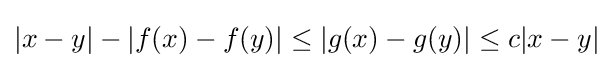
|x-y|-|f(x)-f(y)|\leq |g(x)-g(y)|\leq c|x-y|